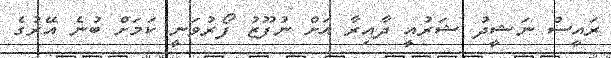
ރައީސް ނަޝީދު ޝަރުއީ ދާއިރާ އަށް ނުފޫޒު ފޯރުވަނީ ކަމަށް ބުނެ އޭރުގެ